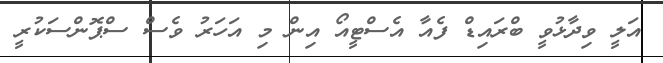
އަލީ ވިދާޅުވީ ބްރައިޑް ފެއާ އެސްޓީއޯ އިން މި އަހަރު ވެސް ސްޕޮންސަކުރީ